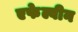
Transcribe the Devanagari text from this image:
एफेल्वीन